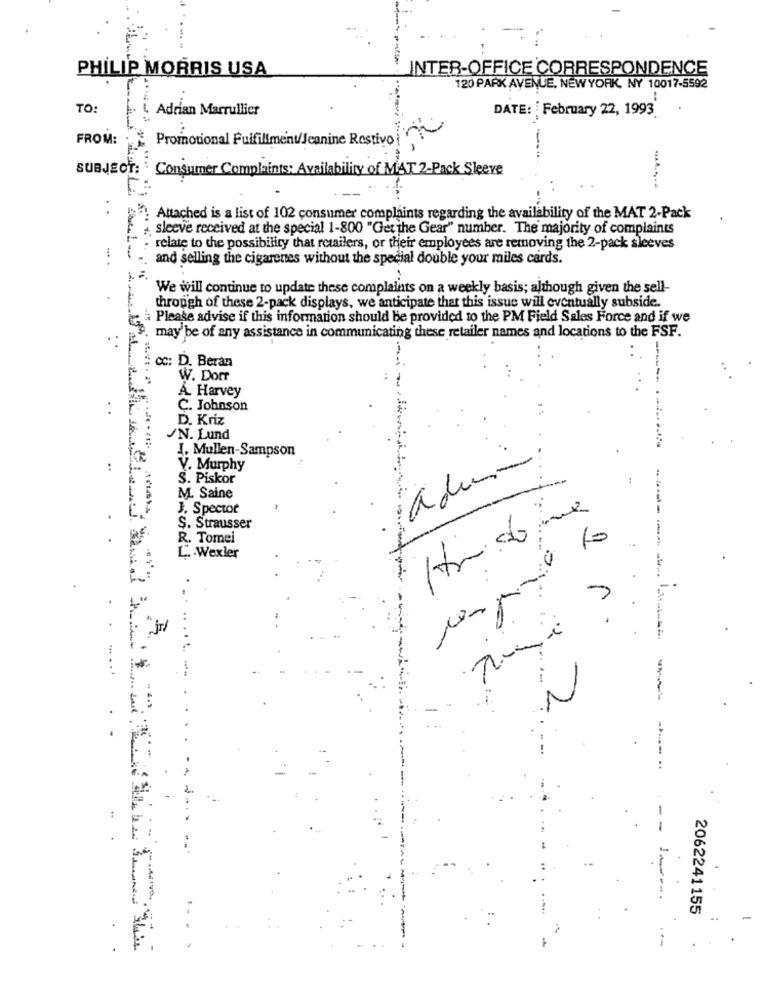
PHILIP MORRIS USA
INTER-OFFICE CORRESPONDENCE
120 PARK AVENUE, NEWYORK, NY 10017-5592
TO:
Adrian Marrullier
DATE: February 22, 1993
FROM:
Promotional Fulfillment/Jeanine Restivo
SUBJECT: ` Consumer Complaints: Availability of MAT 2-Pack Sleeve
..
Attached is a list of 102 consumer complaints regarding the availability of the MAT 2-Pack
sleeve received at the special 1-800 "Get the Gear" number. The majority of complaints
. ..
relate to the possibility that retailers, or their employees are removing the 2-pack sleeves
and selling the cigarenes without the special double your miles cards.
We will continue to update these complaints on a weekly basis; although given the sell-
through of these 2-pack displays, we anticipate that this issue will eventually subside.
Please advise if this information should be provided to the PM Field Sales Force and if we
may be of any assistance in communicating these retailer names and locations to the FSF.
CC: D. Beran
W. Dorr
A. Harvey
C. Johnson
D. Kriz
JN. Lund
I. Mullen-Sampson
V. Murphy
S. Piskor
M. Saine
J. Spector
S. Strausser
R. Tomei
10
L. . Wexler
---
.
2.
N
2062241155
-